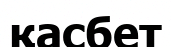
қасбет